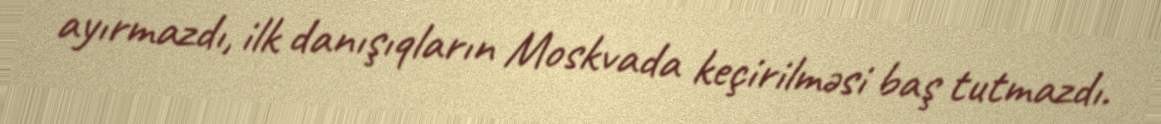
ayırmazdı, ilk danışıqların Moskvada keçirilməsi baş tutmazdı.